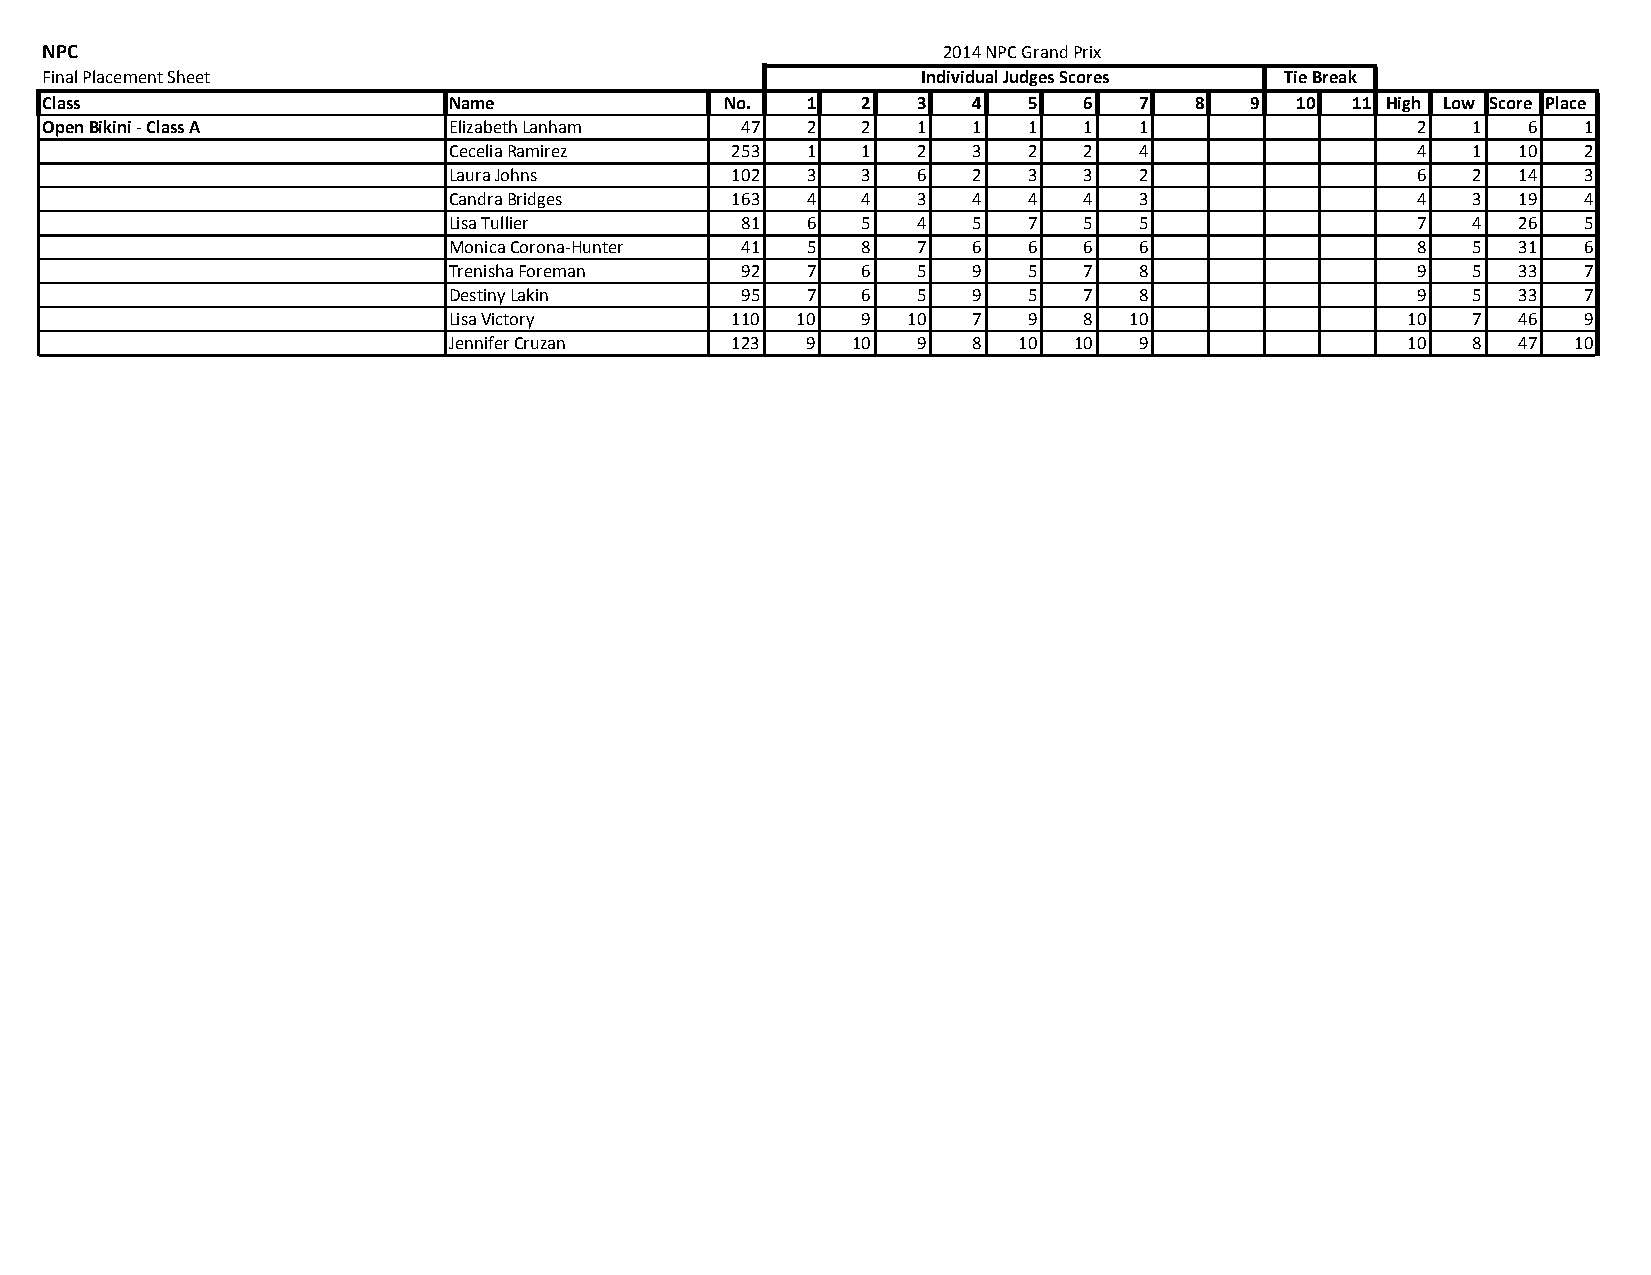
NPC                                                        2014 NPC Grand Prix
 Final Placement Sheet                                     Individual Judges Scores Tie Break
 Class                      Name              No.  1   2   3  4   5   6  7   8   9  10 11 High Low Score Place
 Open Bikini ‐ Class A      Elizabeth Lanham   47  2   2   1  1   1   1  1                  2  1   6   1
 Cecelia Ramirez   253  1   1   2  3   2   2  4                  4  1   10  2
 Laura Johns       102  3   3   6  2   3   3  2                  6  2   14  3
 Candra Bridges    163  4   4   3  4   4   4  3                  4  3   19  4
 Lisa Tullier       81  6   5   4  5   7   5  5                  7  4   26  5
 Monica Corona‐Hunter 41 5  8   7  6   6   6  6                  8  5   31  6
 Trenisha Foreman   92  7   6   5  9   5   7  8                  9  5   33  7
 Destiny Lakin      95  7   6   5  9   5   7  8                  9  5   33  7
 Lisa Victory      110  10  9  10  7   9   8  10                10  7   46  9
 Jennifer Cruzan   123  9  10   9  8  10  10  9                 10  8   47 10